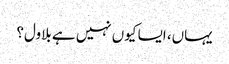
یہاں، ایسا کیوں نہیں ہے بلاول؟